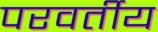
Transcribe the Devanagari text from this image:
परवर्तीय